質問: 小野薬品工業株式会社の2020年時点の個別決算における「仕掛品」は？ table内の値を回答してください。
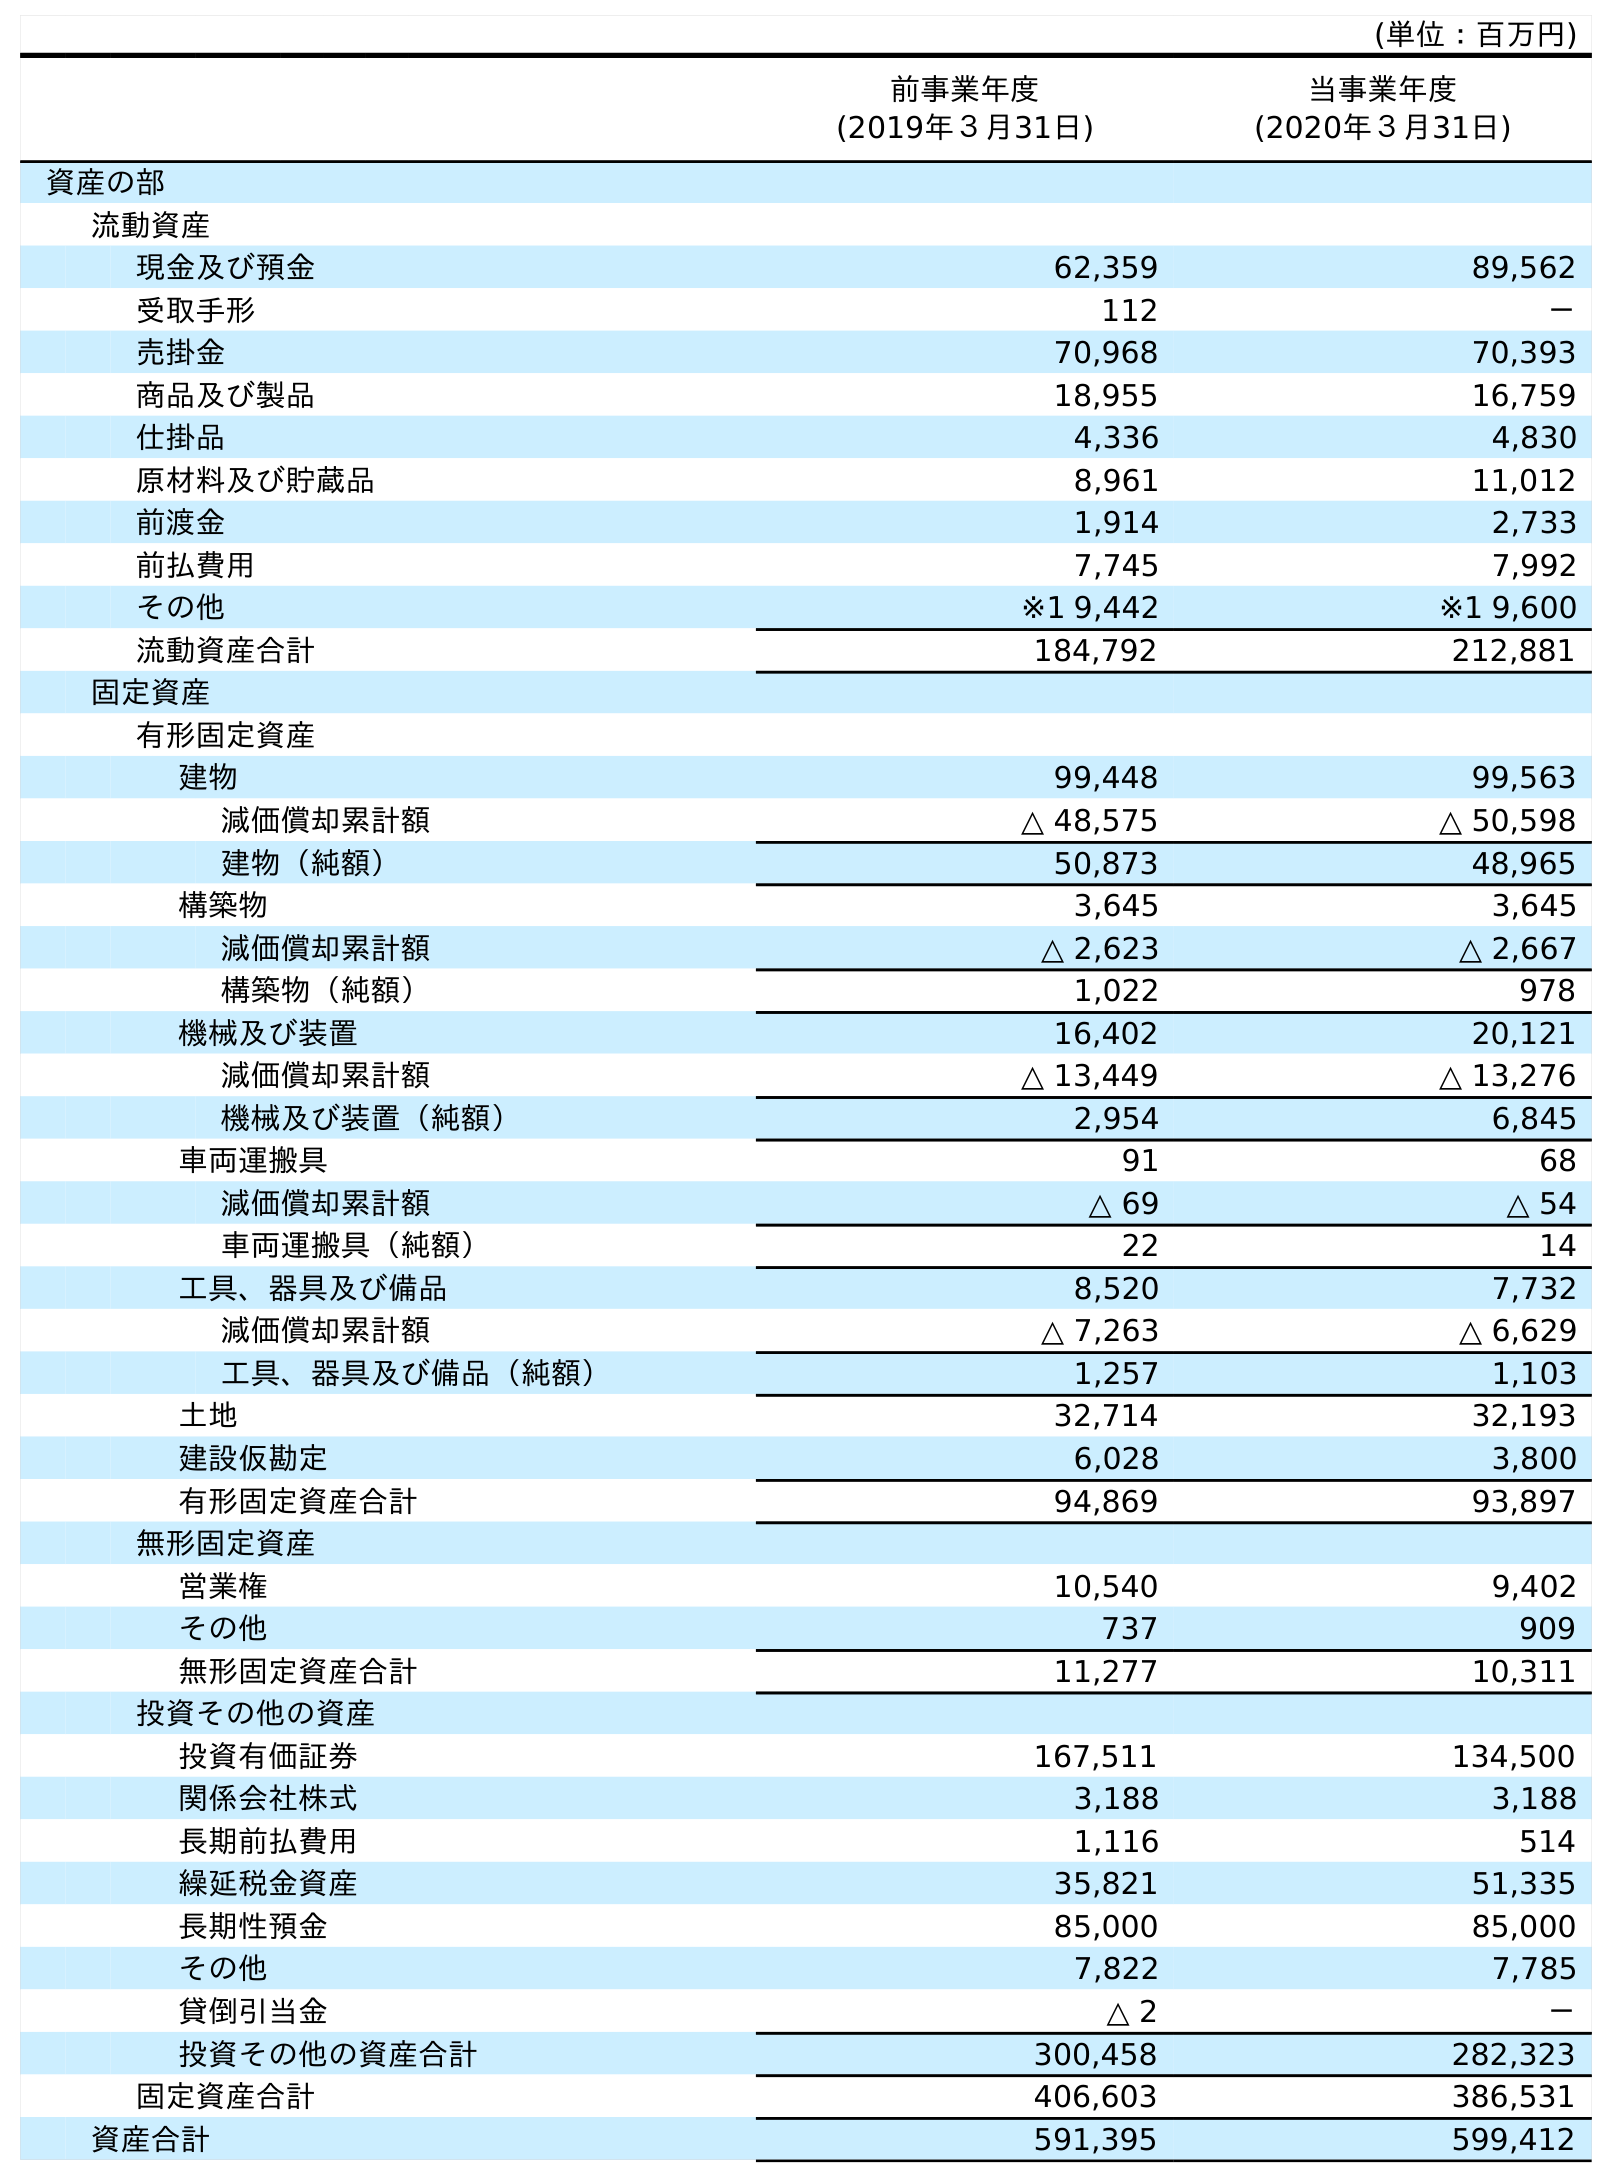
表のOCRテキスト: (単位：百万円) 前事業年度 (2019年３月31日) 当事業年度 (2020年３月31日) 資産の部 流動資産 現金及び預金 62,359 89,562 受取手形 112 － 売掛金 70,968 70,393 商品及び製品 18,955 16,759 仕掛品 4,336 4,830 原材料及び貯蔵品 8,961 11,012 前渡金 1,914 2,733 前払費用 7,745 7,992 その他 ※1 9,442 ※1 9,600 流動資産合計 184,792 212,881 固定資産 有形固定資産 建物 99,448 99,563 減価償却累計額 △ 48,575 △ 50,598 建物（純額） 50,873 48,965 構築物 3,645 3,645 減価償却累計額 △ 2,623 △ 2,667 構築物（純額） 1,022 978 機械及び装置 16,402 20,121 減価償却累計額 △ 13,449 △ 13,276 機械及び装置（純額） 2,954 6,845 車両運搬具 91 68 減価償却累計額 △ 69 △ 54 車両運搬具（純額） 22 14 工具、器具及び備品 8,520 7,732 減価償却累計額 △ 7,263 △ 6,629 工具、器具及び備品（純額） 1,257 1,103 土地 32,714 32,193 建設仮勘定 6,028 3,800 有形固定資産合計 94,869 93,897 無形固定資産 営業権 10,540 9,402 その他 737 909 無形固定資産合計 11,277 10,311 投資その他の資産 投資有価証券 167,511 134,500 関係会社株式 3,188 3,188 長期前払費用 1,116 514 繰延税金資産 35,821 51,335 長期性預金 85,000 85,000 その他 7,822 7,785 貸倒引当金 △ 2 － 投資その他の資産合計 300,458 282,323 固定資産合計 406,603 386,531 資産合計 591,395 599,412
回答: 4,830